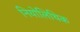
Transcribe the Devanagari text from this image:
नियोलिथिक